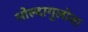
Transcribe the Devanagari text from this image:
मोल्दागुलोवा